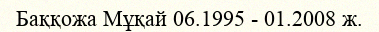
Баққожа Мұқай 06.1995 - 01.2008 ж.